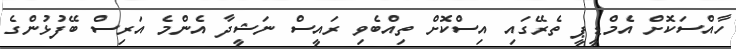
ހާއްސަކޮށް އެމްޑީޕީ ތެރޭގައި އިސްކޮށް ތިއްބެވި ރައީސް ނަޝީދާ އެންމެ އަރިސް ބޭފުޅުންގެ